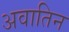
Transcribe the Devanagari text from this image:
अवातिन